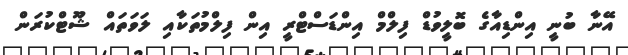
އޭނާ ބުނީ އިންޑިއާގެ ބޮލީވުޑް ފިލްމް އިންޑަސްޓްރީ އިން ފިލްމުތަކާއި ލަވަތައް ޝޫޓްކުރަން